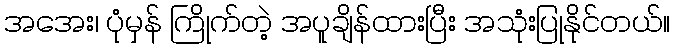
အအေး၊ ပုံမှန် ကြိုက်တဲ့ အပူချိန်ထားပြီး အသုံးပြုနိုင်တယ်။